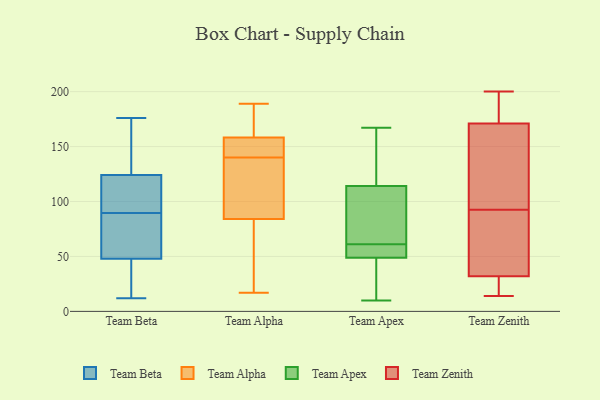
{"axis": {"x": "Customer Acquisition Cost (USD)", "y": "Value"}, "legend": ["Team Alpha", "Team Apex", "Team Beta", "Team Zenith"], "data": [{"x": "", "y": 124, "type": "Team Beta"}, {"x": "", "y": 102, "type": "Team Beta"}, {"x": "", "y": 137, "type": "Team Beta"}, {"x": "", "y": 145, "type": "Team Beta"}, {"x": "", "y": 159, "type": "Team Beta"}, {"x": "", "y": 77, "type": "Team Beta"}, {"x": "", "y": 48, "type": "Team Beta"}, {"x": "", "y": 12, "type": "Team Beta"}, {"x": "", "y": 95, "type": "Team Beta"}, {"x": "", "y": 122, "type": "Team Beta"}, {"x": "", "y": 68, "type": "Team Beta"}, {"x": "", "y": 68, "type": "Team Beta"}, {"x": "", "y": 88, "type": "Team Beta"}, {"x": "", "y": 176, "type": "Team Beta"}, {"x": "", "y": 47, "type": "Team Beta"}, {"x": "", "y": 18, "type": "Team Beta"}, {"x": "", "y": 91, "type": "Team Beta"}, {"x": "", "y": 27, "type": "Team Beta"}, {"x": "", "y": 151, "type": "Team Alpha"}, {"x": "", "y": 109, "type": "Team Alpha"}, {"x": "", "y": 88, "type": "Team Alpha"}, {"x": "", "y": 92, "type": "Team Alpha"}, {"x": "", "y": 162, "type": "Team Alpha"}, {"x": "", "y": 119, "type": "Team Alpha"}, {"x": "", "y": 180, "type": "Team Alpha"}, {"x": "", "y": 177, "type": "Team Alpha"}, {"x": "", "y": 72, "type": "Team Alpha"}, {"x": "", "y": 148, "type": "Team Alpha"}, {"x": "", "y": 35, "type": "Team Alpha"}, {"x": "", "y": 189, "type": "Team Alpha"}, {"x": "", "y": 154, "type": "Team Alpha"}, {"x": "", "y": 140, "type": "Team Alpha"}, {"x": "", "y": 58, "type": "Team Alpha"}, {"x": "", "y": 17, "type": "Team Alpha"}, {"x": "", "y": 157, "type": "Team Alpha"}, {"x": "", "y": 45, "type": "Team Apex"}, {"x": "", "y": 35, "type": "Team Apex"}, {"x": "", "y": 136, "type": "Team Apex"}, {"x": "", "y": 57, "type": "Team Apex"}, {"x": "", "y": 72, "type": "Team Apex"}, {"x": "", "y": 10, "type": "Team Apex"}, {"x": "", "y": 50, "type": "Team Apex"}, {"x": "", "y": 108, "type": "Team Apex"}, {"x": "", "y": 132, "type": "Team Apex"}, {"x": "", "y": 61, "type": "Team Apex"}, {"x": "", "y": 44, "type": "Team Apex"}, {"x": "", "y": 50, "type": "Team Apex"}, {"x": "", "y": 94, "type": "Team Apex"}, {"x": "", "y": 167, "type": "Team Apex"}, {"x": "", "y": 145, "type": "Team Apex"}, {"x": "", "y": 65, "type": "Team Apex"}, {"x": "", "y": 57, "type": "Team Apex"}, {"x": "", "y": 14, "type": "Team Zenith"}, {"x": "", "y": 111, "type": "Team Zenith"}, {"x": "", "y": 77, "type": "Team Zenith"}, {"x": "", "y": 108, "type": "Team Zenith"}, {"x": "", "y": 190, "type": "Team Zenith"}, {"x": "", "y": 32, "type": "Team Zenith"}, {"x": "", "y": 171, "type": "Team Zenith"}, {"x": "", "y": 39, "type": "Team Zenith"}, {"x": "", "y": 200, "type": "Team Zenith"}, {"x": "", "y": 32, "type": "Team Zenith"}]}